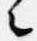
々